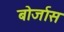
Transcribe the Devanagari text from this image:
बोर्जास